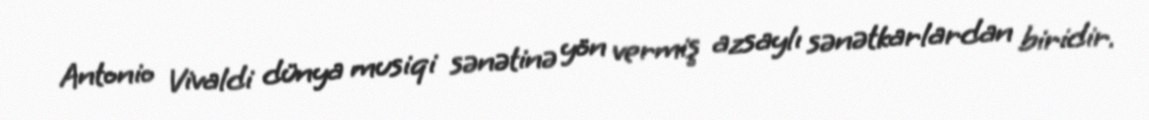
Antonio Vivaldi dünya musiqi sənətinə yön vermiş azsaylı sənətkarlardan biridir.